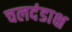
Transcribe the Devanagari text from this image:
चलदंडाक्ष